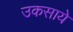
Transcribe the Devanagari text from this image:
उकसाये